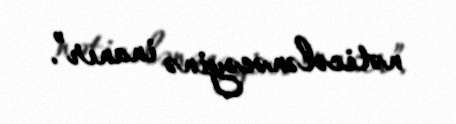
nəticələnəcəyinə inanır”.